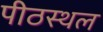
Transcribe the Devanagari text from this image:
पीठस्थल